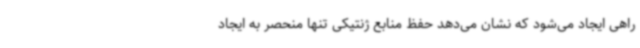
راهی ایجاد می‌شود که نشان می‌دهد حفظ منابع ژنتیکی تنها منحصر به ایجاد